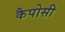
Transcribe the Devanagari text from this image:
कैपोसी